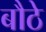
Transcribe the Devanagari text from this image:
बौठे